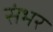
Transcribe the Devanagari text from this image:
संभर